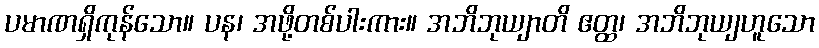
ပမာဏရှိကုန်သော။ ပန၊ အဖို့တစ်ပါးကား။ အဘိဘုယျာတိ ဧတ္ထ၊ အဘိဘုယျဟူသော